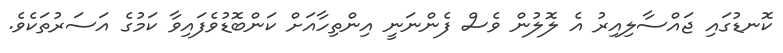
ކޮނޑުގައި ޖައްސާލިއިރު އެ ލޮލުން ވެސް ފެންނަނީ އިންތިހާއަށް ކަންބޮޑުވެފައިވާ ކަމުގެ އަސަރުތަކެވެ.